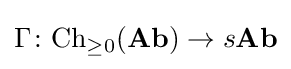
\Gamma \colon {\text{Ch}}_{\geq 0}({\textbf {Ab}})\to s{\textbf {Ab}}